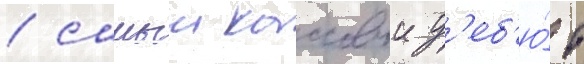
/ самыи кассовыи д'еб'ю́т